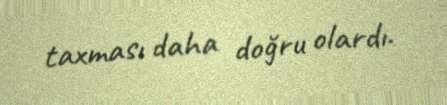
taxması daha doğru olardı.